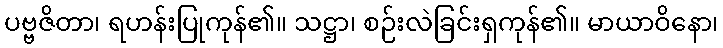
ပဗ္ဗဇိတာ၊ ရဟန်းပြုကုန်၏။ သဋ္ဌာ၊ စဉ်းလဲခြင်းရှကုန်၏။ မာယာဝိနော၊